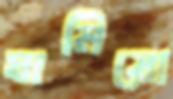
ঘামিয়ো